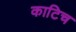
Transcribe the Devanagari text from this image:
काटिच